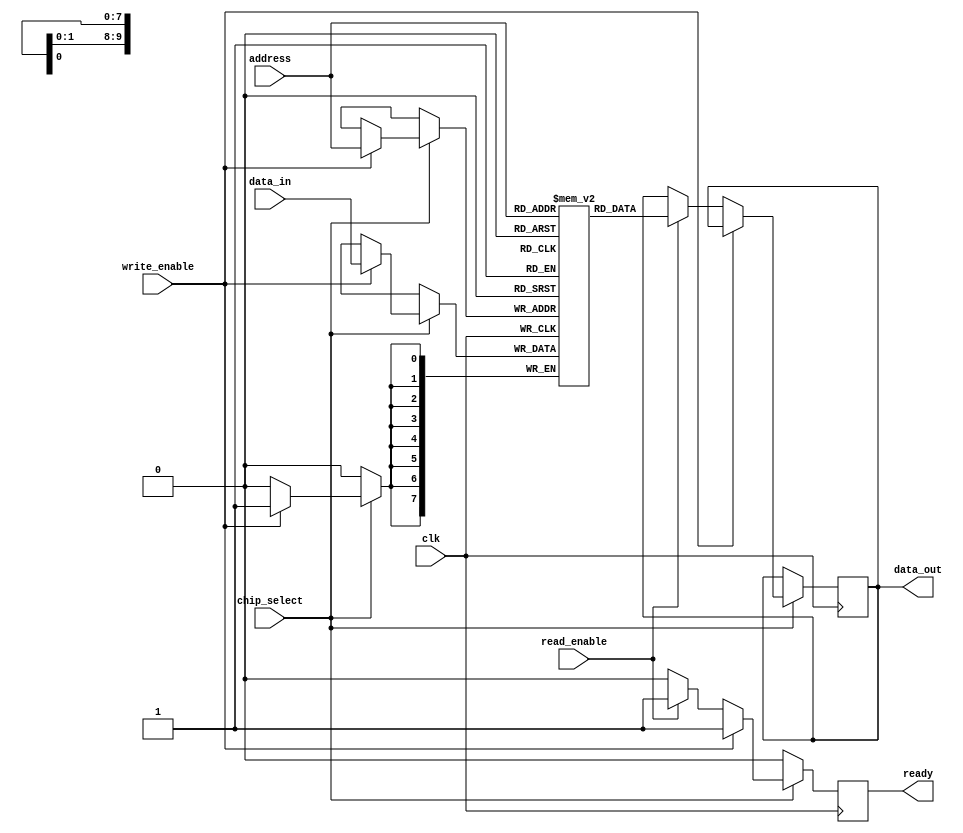
module mram_io_block #(
    parameter DATA_WIDTH = 8,      // Width of data bus
    parameter ADDRESS_WIDTH = 10    // Width of address bus
)(
    input wire clk,                 // Clock signal
    input wire chip_select,         // Chip select signal
    input wire read_enable,         // Read enable signal
    input wire write_enable,        // Write enable signal
    input wire [ADDRESS_WIDTH-1:0] address, // Address bus
    input wire [DATA_WIDTH-1:0] data_in,    // Data input bus
    output reg [DATA_WIDTH-1:0] data_out,    // Data output bus
    output reg ready               // Ready signal for operation completion
);

    // Memory array
    reg [DATA_WIDTH-1:0] memory [(2**ADDRESS_WIDTH)-1:0];

    // Internal signals
    reg [DATA_WIDTH-1:0] data_latch;

    // Control logic for read and write operations
    always @(posedge clk) begin
        if (chip_select) begin
            if (write_enable) begin
                // Write operation
                memory[address] <= data_in;
                data_latch <= data_in; // Latch the input data
                ready <= 1'b1;         // Indicate operation is complete
            end else if (read_enable) begin
                // Read operation
                data_out <= memory[address];
                ready <= 1'b1;         // Indicate operation is complete
            end else begin
                ready <= 1'b0;         // No operation
            end
        end else begin
            ready <= 1'b0;             // Chip not selected
        end
    end

    // Optional: Error detection (parity checking)
    function parity_check(input [DATA_WIDTH-1:0] data);
        integer i;
        begin
            parity_check = 0;
            for (i = 0; i < DATA_WIDTH; i = i + 1) begin
                parity_check = parity_check ^ data[i];
            end
        end
    endfunction

    // Example of using parity check (for demonstration purposes)
    always @(posedge clk) begin
        if (chip_select && write_enable) begin
            if (parity_check(data_in) !== 1'b0) begin
                // Handle parity error (e.g., log error, trigger a flag)
            end
        end
    end

endmodule